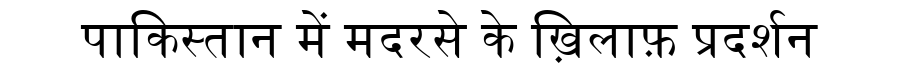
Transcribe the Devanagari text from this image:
पाकिस्तान में मदरसे के ख़िलाफ़ प्रदर्शन